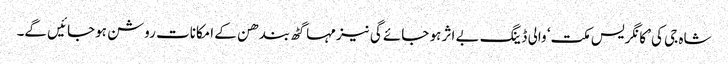
شاہ جی کی ’کانگریس مکت‘ والی ڈینگ بے اثر ہو جائے گی نیز مہاگٹھ بندھن کے امکانات روشن ہوجائیں گے۔